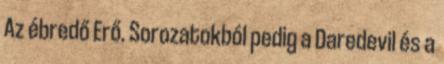
Az ébredő Erő. Sorozatokból pedig a Daredevil és a